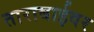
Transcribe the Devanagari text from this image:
ताराबाईवर